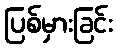
ပြစ်မှားခြင်း